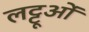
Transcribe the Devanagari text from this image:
लट्टूओं